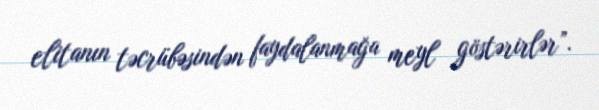
elitanın təcrübəsindən faydalanmağa meyl göstərirlər”.